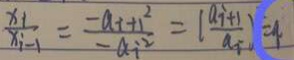
\frac { x _ { i } } { x _ { i - 1 } } = \frac { - a _ { i } + 1 ^ { 2 } } { - a _ { i ^ { 2 } } } = ( \frac { a _ { i + 1 } } { a _ { i } } ) = 9